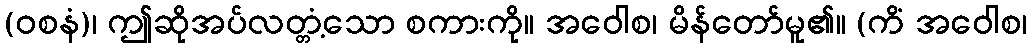
(ဝစနံ)၊ ဤဆိုအပ်လတ္တံ့သော စကားကို။ အဝေါစ၊ မိန်တော်မူ၏။ (ကိံ အဝေါစ၊